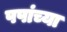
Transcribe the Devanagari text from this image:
पपांच्या